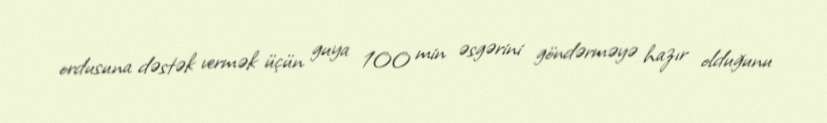
ordusuna dəstək vermək üçün guya 100 min əsgərini göndərməyə hazır olduğunu